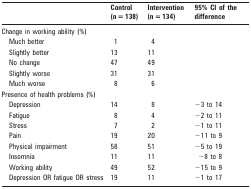
<table><thead><tr><td>[EMPTY_CELL]</td><td><b>Control (n = 138)</b></td><td><b>Intervention (n = 134)</b></td><td><b>95% CI of the difference</b></td></tr></thead><tbody><tr><td>Change in working ability (%)</td><td>[EMPTY_CELL]</td><td>[EMPTY_CELL]</td><td>[EMPTY_CELL]</td></tr><tr><td>Much better</td><td>1</td><td>4</td><td>[EMPTY_CELL]</td></tr><tr><td>Slightly better</td><td>13</td><td>11</td><td>[EMPTY_CELL]</td></tr><tr><td>No change</td><td>47</td><td>49</td><td>[EMPTY_CELL]</td></tr><tr><td>Slightly worse</td><td>31</td><td>31</td><td>[EMPTY_CELL]</td></tr><tr><td>Much worse</td><td>8</td><td>6</td><td>[EMPTY_CELL]</td></tr><tr><td>Presence of health problems (%)</td><td>[EMPTY_CELL]</td><td>[EMPTY_CELL]</td><td>[EMPTY_CELL]</td></tr><tr><td>Depression</td><td>14</td><td>8</td><td>−3 to 14</td></tr><tr><td>Fatigue</td><td>8</td><td>4</td><td>−2 to 11</td></tr><tr><td>Stress</td><td>7</td><td>2</td><td>−1 to 11</td></tr><tr><td>Pain</td><td>19</td><td>20</td><td>−11 to 9</td></tr><tr><td>Physical impairment</td><td>58</td><td>51</td><td>−5 to 19</td></tr><tr><td>Insomnia</td><td>11</td><td>11</td><td>−8 to 8</td></tr><tr><td>Working ability</td><td>49</td><td>52</td><td>−15 to 9</td></tr><tr><td>Depression OR fatigue OR stress</td><td>19</td><td>11</td><td>−1 to 17</td></tr></tbody></table>